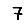
Digit: 7